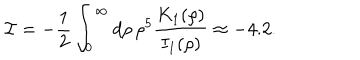
LaTeX: { \cal I } = - { \frac { 1 } { 2 } } \int _ { 0 } ^ { \infty } d \rho \, \rho ^ { 5 } { \frac { K _ { 1 } ( \rho ) } { I _ { 1 } ( \rho ) } } \approx - 4 . 2 .